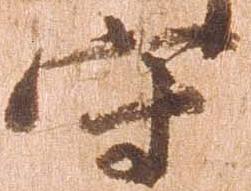
守